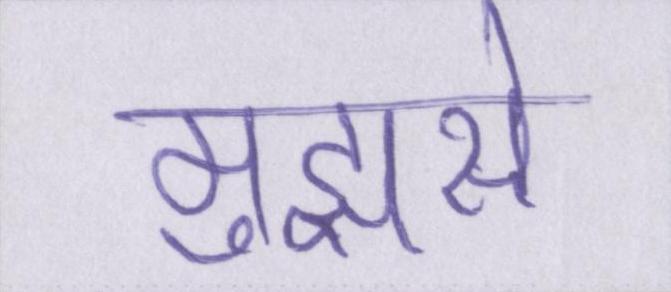
मुझसे